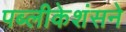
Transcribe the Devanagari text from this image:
पब्लीकेशंसने